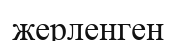
жерленген